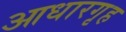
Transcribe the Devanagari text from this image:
आधारगृह